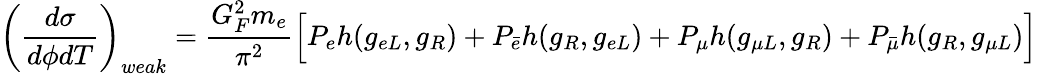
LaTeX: \left(\frac{d\sigma}{d\phi dT}\right)_{weak}=\frac{G_{F}^{2}m_{e}}{\pi^{2}}\Bigl[P_{e}h(g_{eL},g_{R})+P_{\bar{e}}h(g_{R},g_{eL})+P_{\mu}h(g_{\mu L},g_{R})+P_{\bar{\mu}}h(g_{R},g_{\mu L})\Bigr]